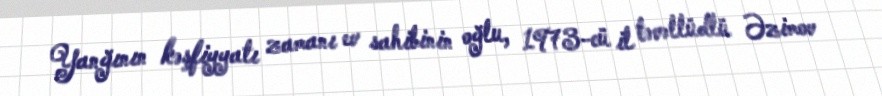
Yanğının kəşfiyyatı zamanı ev sahibinin oğlu, 1973-cü il təvəllüdlü Əzimov